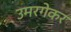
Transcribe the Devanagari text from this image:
उमरगेकर